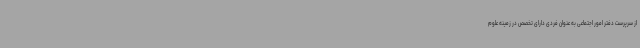
از سرپرست دفتر امور اجتماعی به عنوان فردی دارای تخصص در زمینه علوم